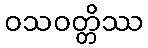
ဝသဝတ္တိဿ